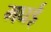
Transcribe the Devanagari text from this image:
मघई